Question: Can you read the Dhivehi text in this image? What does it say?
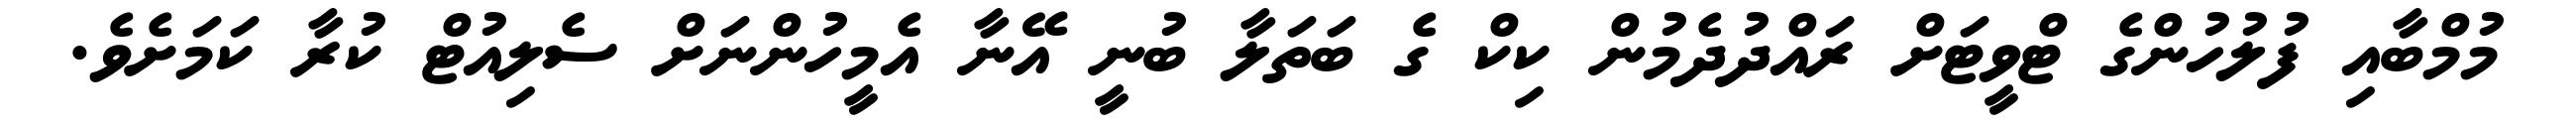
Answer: މުމްބާއި ފުލުހުންގެ ޓްވީޓަށް ރައްދުދެމުން ކިކް ގެ ބަތަލާ ބުނީ އޭނާ އެމީހުންނަށް ސެލިއުޓް ކުރާ ކަމަށެވެ.